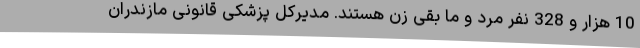
10 هزار و 328 نفر مرد و ما بقی زن هستند. مدیرکل پزشکی قانونی مازندران